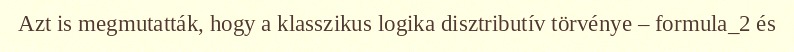
Azt is megmutatták, hogy a klasszikus logika disztributív törvénye – formula_2 és